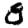
Digit: 8